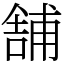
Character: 舗